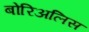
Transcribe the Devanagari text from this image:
बोरिअलिस